Report of the Imperial Institute of Veterinary Research, Muktesar
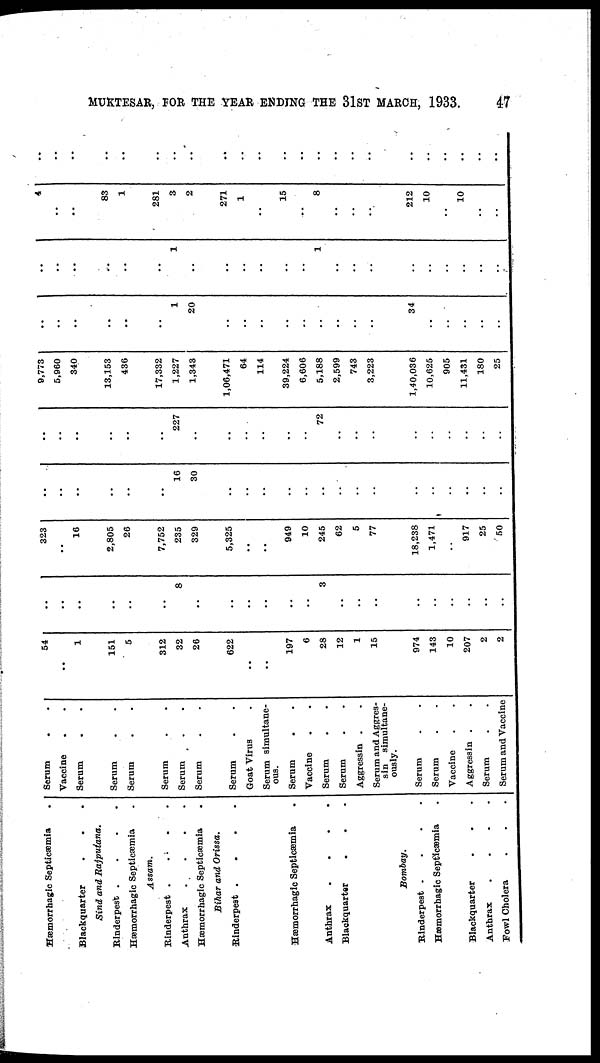
MUKTESAR, FOR THE YEAR ENDING THE 31ST MARCH, 1933.
47
Hæmorrhagic Septicæmia
Blackquarter
Sind and Rajputana.
Rinderpest
....
Hæmorrhagic Septicæmia
Assam.
Rinderpest .
...
Anthrax
....
Hæmorrhagic Septicæmia
.
Bihar and Orissa.
Rinderpest .
Hæmorrhagic Septicæmia
Anthrax
....
Blackquarter
Bombay.
Rinderpest
....
Hæmorrhagic Septicæmia
Blackquarter
Anthrax
....
Fowl Cholera
Serum
.
Vaccine
Serum
Serum
Serum
Serum
Serum
Serum
Serum
Goat Virus
Serum simultane-
ous.
Serum
Vaccine
Serum
Serum
Aggressin .
Serum and Aggres-
sin simultane-
ously.
Serum
Serum
Vaccine
Aggressin .
Serum
Serum and Vaccine
54
1
151
5
312
32
26
622
..
197
6
28
12
1
15
974
143
10
207
2
2
..
..
..
..
..
..
8
..
..
..
..
3
..
..
..
..
..
..
..
..
..
323
16
2,805
26
..
7,752
235
329
5,325
..
949
10
245
62
5
77
18,238
1,471
917
25
50
..
..
..
..
..
..
16
30
..
..
..
..
..
..
..
..
..
..
..
..
..
..
..
..
..
..
..
227
..
..
..
..
72
..
..
..
..
..
..
..
..
..
9,773
5,960
340
13,153
436
..
17,332
1,227
1,343
1,06,471
64
114
39,224
6,606
5,188
2,599
743
3,223
1,40,036
10,625
905
11,431
180
25
..
..
..
..
..
..
1
20
..
..
..
..
..
..
..
..
34
..
..
..
..
..
..
..
..
..
..
1
..
..
..
..
..
1
..
..
..
..
..
..
..
..
..
4
..
83
1
281
3
2
271
1
..
..
15
8
..
..
..
212
10
10
..
..
..
..
..
..
..
..
..
..
..
..
..
..
..
..
..
..
..
..
..
..